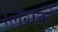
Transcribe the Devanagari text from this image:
लिंगको